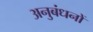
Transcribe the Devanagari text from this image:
अनुबंधनों